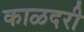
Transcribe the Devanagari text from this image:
काळदरी